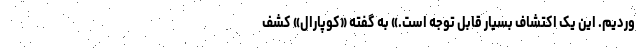
وردیم. این یک اکتشاف بسیار قابل‌ توجه است.» به گفته «کوپارال» کشف